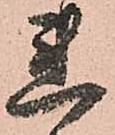
連